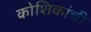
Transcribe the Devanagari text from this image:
कोशिकांची